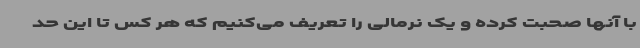
با آنها صحبت کرده و یک نرمالی را تعریف می‌کنیم که هر کس تا این حد